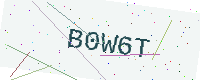
Text: B0W6T